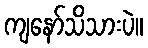
ကျနော်သိသားပဲ။